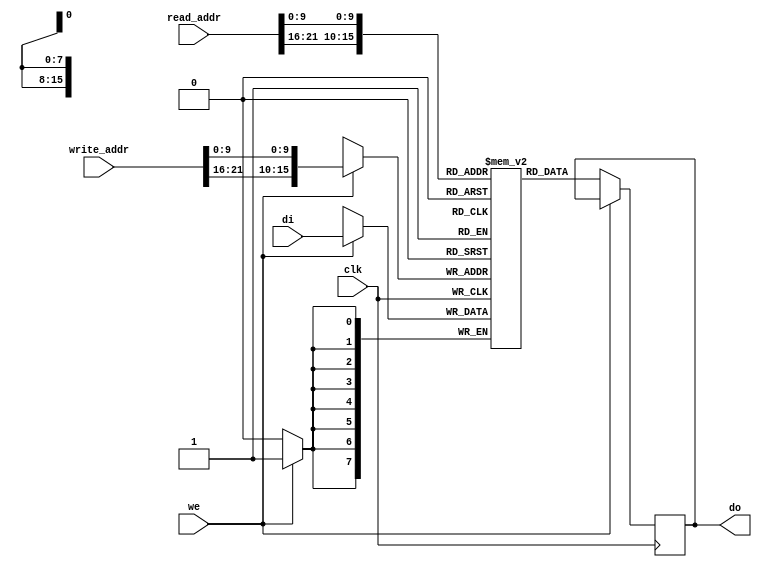
/*single clock dual port ram
2010-2011 sclai <laikos@yahoo.com>

This library is free software; you can redistribute it and/or modify it 
 under the terms of the GNU Lesser General Public License as published by 
 the Free Software Foundation; either version 2.1 of the License, 
 or (at your option) any later version.
 
 This library is distributed in the hope that it will be useful, but 
 WITHOUT ANY WARRANTY; without even the implied warranty of
 MERCHANTABILITY or FITNESS FOR A PARTICULAR PURPOSE. See the GNU
 Lesser General Public License for more details.
 
 You should have received a copy of the GNU Lesser General Public
 License along with this library; if not, write to the Free Software
 Foundation, Inc., 59 Temple Place, Suite 330, Boston, MA 02111-1307
 USA


Example:
Desity     Bank     Row    Col
-----------------------------
   64MB    2:0      12:0   9:0
  128MB    2:0      13:0   9:0
  512MB    2:0      13:0  10:0
    1GB    2:0      15:0  10:0
*/
     
module dport_ram
#(
	parameter DATA_WIDTH=8, 
	parameter ADDR_WIDTH=36
)(
	input 						 clk,
	input [(DATA_WIDTH-1):0] di,
	input [(ADDR_WIDTH-1):0] read_addr, 
	input [(ADDR_WIDTH-1):0] write_addr,
	input 						 we, 
	output reg [(DATA_WIDTH-1):0] do
);
localparam ACTUAL_ADDR_WIDTH=16; //due to small size of internal memory
//localparam ACTUAL_ADDR_WIDTH=26; //due to small size of internal memory
wire [ACTUAL_ADDR_WIDTH-1:0]ACTUAL_WRITE_ADDR;
wire [ACTUAL_ADDR_WIDTH-1:0]ACTUAL_READ_ADDR;
												//bank            row               col
//assign ACTUAL_WRITE_ADDR={write_addr[34:32],write_addr[25:16],write_addr[7:0]};
//assign ACTUAL_READ_ADDR ={ read_addr[34:32], read_addr[25:16], read_addr[7:0]};
assign ACTUAL_WRITE_ADDR={write_addr[34:32],write_addr[28:16],write_addr[9:0]};
assign ACTUAL_READ_ADDR ={ read_addr[34:32], read_addr[28:16], read_addr[9:0]};
//8196Kbytes RAM
reg [DATA_WIDTH-1:0] ram[2**ACTUAL_ADDR_WIDTH-1:0];

	always @ (posedge clk)
	begin	
		if (we==1'b1)
			begin
				ram[ACTUAL_WRITE_ADDR] <= di;
			end
		else
			begin
				do <= ram[ACTUAL_READ_ADDR];
			end
	end
endmodule